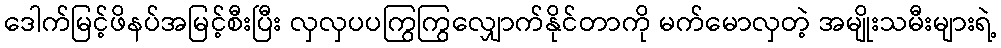
ဒေါက်မြင့်ဖိနပ်အမြင့်စီးပြီး လှလှပပကြွကြွလျှောက်နိုင်တာကို မက်မောလှတဲ့ အမျိုးသမီးများရဲ့